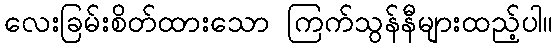
လေးခြမ်းစိတ်ထားသော ကြက်သွန်နီများထည့်ပါ။